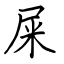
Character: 屎